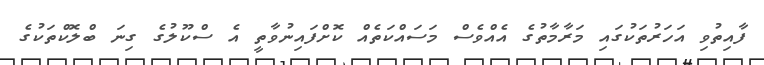
ފާއިތުވި އަހަރުތަކުގައި މަރާމާތުގެ އެއްވެސް މަސައްކަތެއް ކޮށްފައިނުވާތީ އެ ސްކޫލުގެ ގިނަ ބްލޮކްތަކުގެ